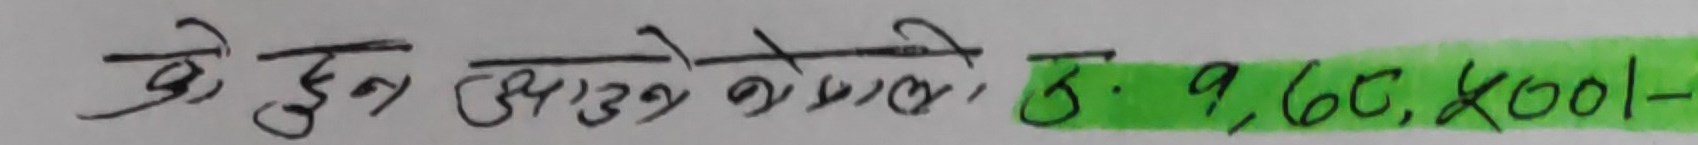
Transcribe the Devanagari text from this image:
यो जुन आँउने को मूल्य, रु: ९,६०,०००/-